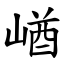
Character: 崷